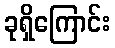
ခုရှိကြောင်း